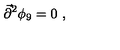
{ \vec { \partial } } ^ { 2 } \phi _ { 9 } = 0 \ ,